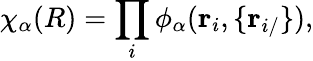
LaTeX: \chi_{\alpha}(R)=\prod_{i}\phi_{\alpha}(\mathbf r_{i},\{ \mathbf r_{i/}\} ),